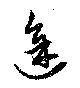
途